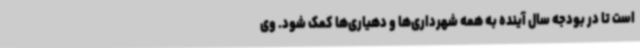
است تا در بودجه سال آینده به همه شهرداری‌ها و دهیاری‌ها کمک شود. وی